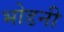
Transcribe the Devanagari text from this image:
भोडनी